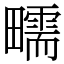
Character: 㽭